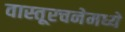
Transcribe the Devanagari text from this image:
वास्तूरचनेमध्ये